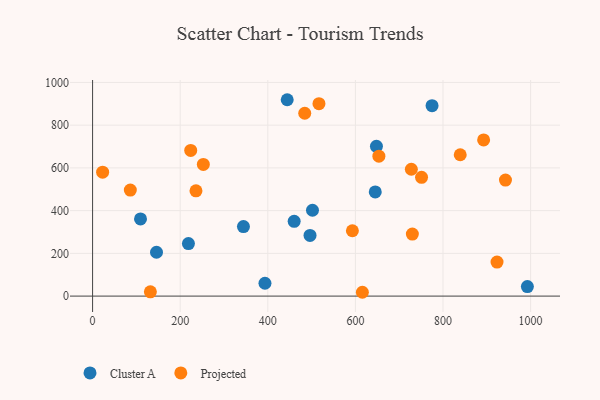
{"axis": {"x": "Experience", "y": "Fuel Efficiency"}, "legend": ["Cluster A", "Projected"], "data": [{"x": "496.4", "y": 284.1, "type": "Cluster A"}, {"x": "645.3", "y": 487.5, "type": "Cluster A"}, {"x": "648.0", "y": 700.9, "type": "Cluster A"}, {"x": "992.6", "y": 44.5, "type": "Cluster A"}, {"x": "444.3", "y": 919.1, "type": "Cluster A"}, {"x": "344.4", "y": 325.6, "type": "Cluster A"}, {"x": "502.0", "y": 401.9, "type": "Cluster A"}, {"x": "460.2", "y": 349.8, "type": "Cluster A"}, {"x": "393.5", "y": 60.2, "type": "Cluster A"}, {"x": "145.9", "y": 205.3, "type": "Cluster A"}, {"x": "109.4", "y": 361.1, "type": "Cluster A"}, {"x": "218.8", "y": 245.6, "type": "Cluster A"}, {"x": "775.0", "y": 891.2, "type": "Cluster A"}, {"x": "730.0", "y": 290.3, "type": "Projected"}, {"x": "252.8", "y": 616.3, "type": "Projected"}, {"x": "236.0", "y": 492.6, "type": "Projected"}, {"x": "751.0", "y": 556.0, "type": "Projected"}, {"x": "653.6", "y": 654.9, "type": "Projected"}, {"x": "615.9", "y": 17.9, "type": "Projected"}, {"x": "484.3", "y": 855.8, "type": "Projected"}, {"x": "516.8", "y": 900.6, "type": "Projected"}, {"x": "923.3", "y": 159.4, "type": "Projected"}, {"x": "839.3", "y": 661.6, "type": "Projected"}, {"x": "892.7", "y": 731.1, "type": "Projected"}, {"x": "727.7", "y": 593.6, "type": "Projected"}, {"x": "86.1", "y": 496.2, "type": "Projected"}, {"x": "22.9", "y": 579.9, "type": "Projected"}, {"x": "593.1", "y": 305.9, "type": "Projected"}, {"x": "224.0", "y": 681.9, "type": "Projected"}, {"x": "942.6", "y": 543.1, "type": "Projected"}, {"x": "131.9", "y": 19.9, "type": "Projected"}]}